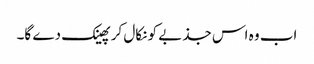
اب وہ اس جذبے کو نکال کر پھینک دے گا۔